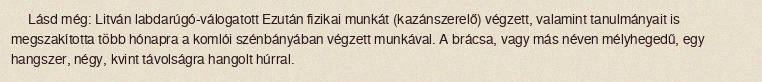
Lásd még: Litván labdarúgó-válogatott Ezután fizikai munkát (kazánszerelő) végzett, valamint tanulmányait is megszakította több hónapra a komlói szénbányában végzett munkával. A brácsa, vagy más néven mélyhegedű, egy hangszer, négy, kvint távolságra hangolt húrral.